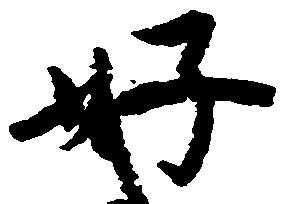
好